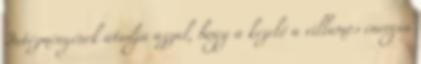
Intézményének átadja azzal, hogy a kezelő a villamos energia